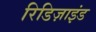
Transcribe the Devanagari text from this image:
रिडिज़ाइंड